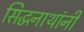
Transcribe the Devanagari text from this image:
सिद्धनाथांनी